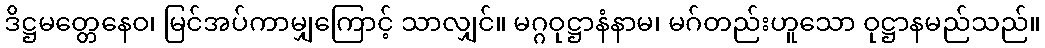
ဒိဋ္ဌမတ္တေနေဝ၊ မြင်အပ်ကာမျှကြောင့် သာလျှင်။ မဂ္ဂဝုဋ္ဌာနံနာမ၊ မဂ်တည်းဟူသော ဝုဋ္ဌာနမည်သည်။